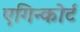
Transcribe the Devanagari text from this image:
एगिन्कोर्ट